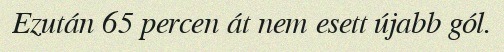
Ezután 65 percen át nem esett újabb gól.